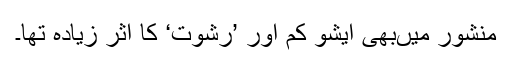
منشور میںبھی ایشو کم اور ’رشوت‘ کا اثر زیادہ تھا۔